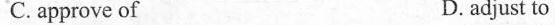
C. approve of D. adjust to